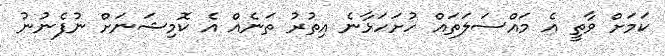
ކަމަށް ވާތީ އެ މައްސަލަތައް ހުށަހަޅާނެ އިތުރު ތަނެއް އެ ކޮމިޝަނަށް ނުފެނުނު